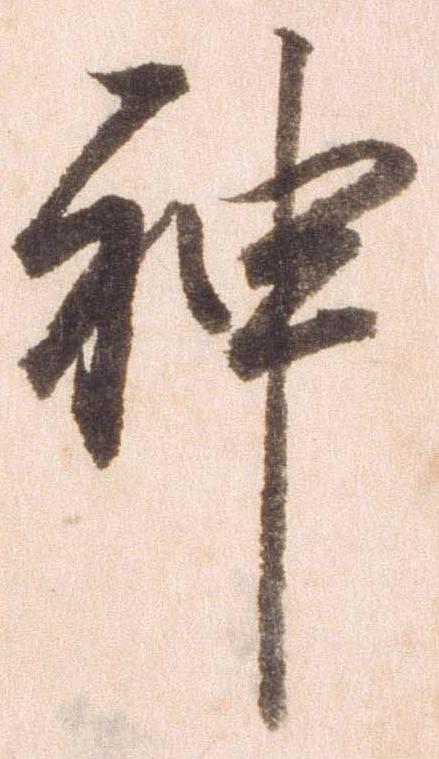
神